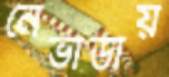
নেভাডায়